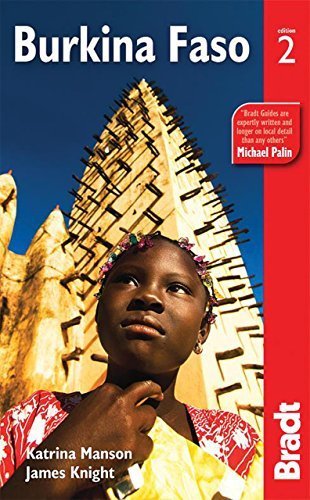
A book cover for Burkina Faso (Bradt Travel Guide Burkina Faso) by Manson, Katrina, Knight, James (2012) Paperback; Katrina, Knight, James Manson; Travel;